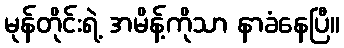
မုန်တိုင်းရဲ့ အမိန့်ကိုသာ နာခံနေပြီ။